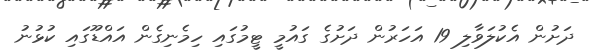
ދަށުން އެކުލަވާލި 19 އަހަރުން ދަށުގެ ގައުމީ ޓީމުގައި ހިމެނިގެން އައްޑޫގައި ކުޅުނު